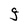
Character: g